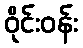
ဝိုင်းဝန်း